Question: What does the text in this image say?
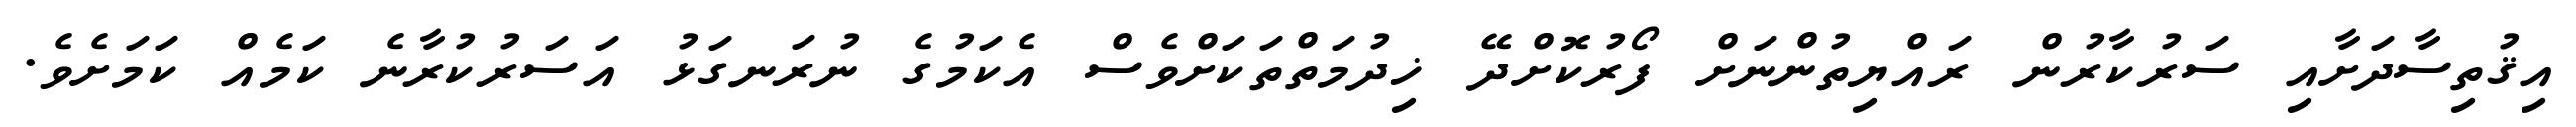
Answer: އިޤުތިސާދަށާއި ސަރުކާރުން ރައްޔިތުންނަށް ފޯރުކޮށްދޭ ޚިދުމަތްތަކަށްވެސް އެކަމުގެ ނުރަނގަޅު އަސަރުކުރާނެ ކަމެއް ކަމަށެވެ.